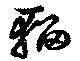
輜